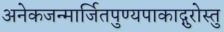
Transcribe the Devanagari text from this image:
अनेकजन्मार्जितपुण्यपाकाद्गुरोस्तु